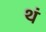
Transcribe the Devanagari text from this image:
थं